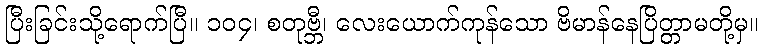
ပြီးခြင်းသို့ရောက်ပြီ။ ၁၀၄၊ စတုဗ္ဘီ၊ လေးယောက်ကုန်သော ဗိမာန်နေပြိတ္တာမတို့မှ။